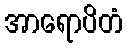
အာရောပိတံ